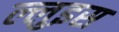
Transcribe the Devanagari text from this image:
ल्लुइस